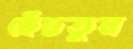
ছেঁচতুম